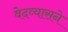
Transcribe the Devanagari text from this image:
वेदव्यासने